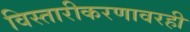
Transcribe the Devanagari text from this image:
विस्तारीकरणावरही